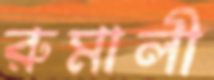
রুমালী